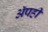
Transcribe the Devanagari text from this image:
अॅपही